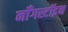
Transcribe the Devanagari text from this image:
नॉँगस्टॉइन